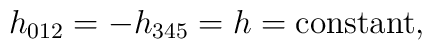
h_{012}=-h_{345}=h={\rm constant},